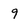
Character: 9